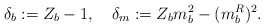
\begin{align*}\delta_b := Z_b - 1, \quad \delta_m := Z_b m_b^2 - (m_b^R)^2 .\end{align*}